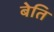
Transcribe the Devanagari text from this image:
बेति